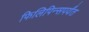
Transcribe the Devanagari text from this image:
फिलिपिन्सपर्यंत